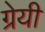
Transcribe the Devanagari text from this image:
ग्रेयी